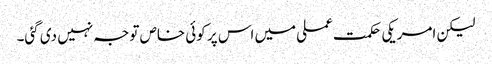
لیکن امریکی حکمت عملی میں اس پر کوئی خاص توجہ نہیں دی گئی۔